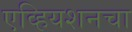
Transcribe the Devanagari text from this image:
एव्हियशनचा